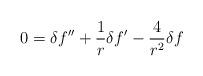
LaTeX: \begin{align*}\displaystyle{0=\delta f^{\prime\prime}+\frac{1}{r}\delta f^{\prime}-\frac{4}{r^{2}}\delta f}\end{align*}